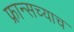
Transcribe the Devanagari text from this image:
फ्रान्सच्याच